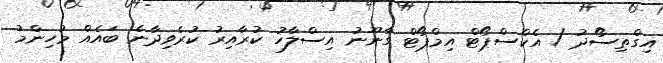
އިގްތިސޯދު / އެކްސްޕޯޓް އިމްޕޯޓް ގާނޫނު އިސްލާހު ކުރާއިރު ކުރެވިދާނެ ބައެއް މުހިންމު